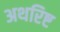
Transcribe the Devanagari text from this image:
अथरिष्ट